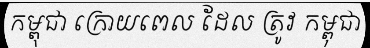
កម្ពុជា ក្រោយពេល ដែល ត្រូវ កម្ពុជា